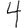
Digit: 4